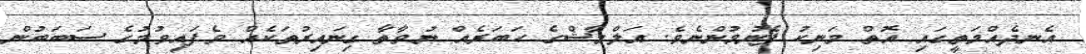
އެނދެއްމަތީގައި އޮތް މަނިކު ފެނުމުންނެވެ. އަލްމާޝްގެ ހަބަރެއް ނުވާތާ ގިނައިރުތަކެއް ވެފައިވުމުގެ ސަބަބުން